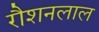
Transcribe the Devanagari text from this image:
रौशनलाल